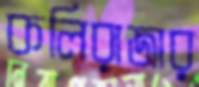
কলিরাজার